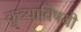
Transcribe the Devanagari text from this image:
कुत्र्याविषयी